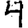
Digit: 4